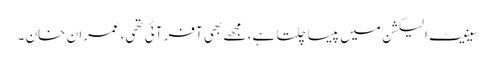
سینیٹ الیکشن میں پیسا چلتا ہے، مجھے بھی آفر آئی تھی،عمران خان ۔